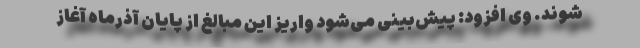
‌شوند. وی افزود: پیش‌بینی می‌شود واریز این مبالغ از پایان آذرماه آغاز